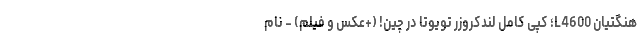
هنگتیان L4600؛ کپی کامل لندکروزر تویوتا در چین! (+عکس و فیلم) - نام